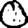
Digit: 0